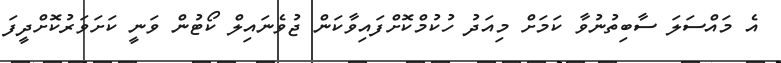
އެ މައްސަލަ ސާބިތުނުވާ ކަމަށް މިއަދު ހުކުމްކޮށްފައިވާކަން ޖުވެނައިލް ކޯޓުން ވަނީ ކަށަވަރުކޮށްދީފަ